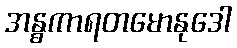
အန္ဓကာရတမောနုဒေါ